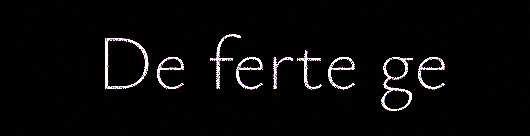
De ferte ge